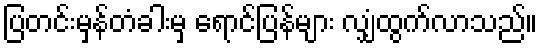
ပြတင်းမှန်တံခါးမှ ရောင်ပြန်များ လျှံထွက်လာသည်။